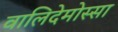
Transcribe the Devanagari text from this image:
वालिदेमोस्सा